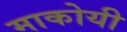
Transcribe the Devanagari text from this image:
माकोयी